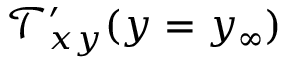
\mathcal { T } _ { x y } ^ { \prime } ( y = y _ { \infty } )